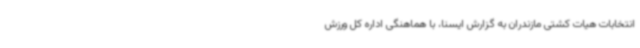
انتخابات هیات کشتی مازندران به گزارش ایسنا، با هماهنگی اداره کل ورزش